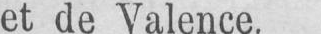
et de Valence.